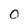
Character: O